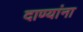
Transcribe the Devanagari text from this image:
दाण्यांना